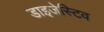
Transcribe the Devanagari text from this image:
डाइजेस्टिव